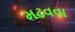
મઢવવા